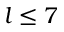
l \leq 7